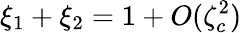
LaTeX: \xi_{1}+\xi_{2}=1+O(\zeta_{c}^{2})